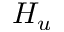
H _ { u }